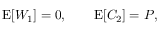
\begin{array} { r } { \operatorname { E } [ W _ { 1 } ] = 0 , \qquad \operatorname { E } [ C _ { 2 } ] = P , } \end{array}